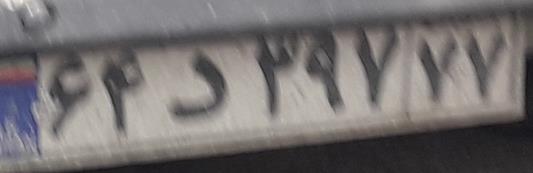
۶۴د۳۹۷۷۷